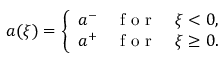
\begin{array} { r } { a ( \xi ) = \left\{ \begin{array} { l l } { a ^ { - } \quad \mathrm { ~ f ~ o ~ r ~ } \quad \xi < 0 , } \\ { a ^ { + } \quad \mathrm { ~ f ~ o ~ r ~ } \quad \xi \geq 0 . } \end{array} \right. } \end{array}